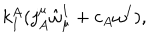
k _ { I } ^ { A } ( j _ { A } ^ { \mu } \hat { \omega } _ { \mu } ^ { I } + c _ { A } \omega ^ { I } ) ,